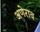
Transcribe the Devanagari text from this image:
अणेराव